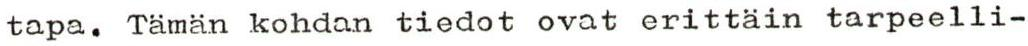
tapa. Tämän kohdan tiedot ovat erittäin tarpeelli-